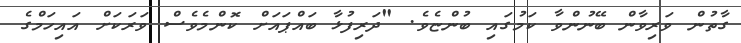
ގާތުން ވަރިވާން ބޭނުންވާ ކަމުގައި ބުންޏެވެ. "ދަރިފުޅާ ބައްޕައަށް ކޮންމެވެސް ވަރަކަށް އައިހަމްގެ